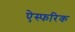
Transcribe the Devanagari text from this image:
ऐस्फरिक